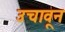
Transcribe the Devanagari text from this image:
उचावून